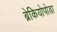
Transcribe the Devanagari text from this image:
ब्रेकियोपोडा